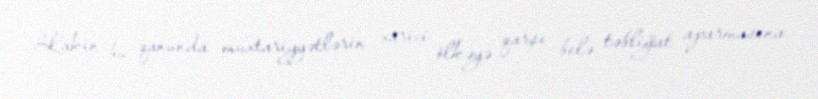
Lakin bu qanunda muxtariyyətlərin xarici ölkəyə qarşı belə təbliğat aparmasına